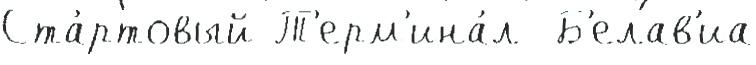
Ста́ртовый Т'ерм'ина́л  Б'елав'иа